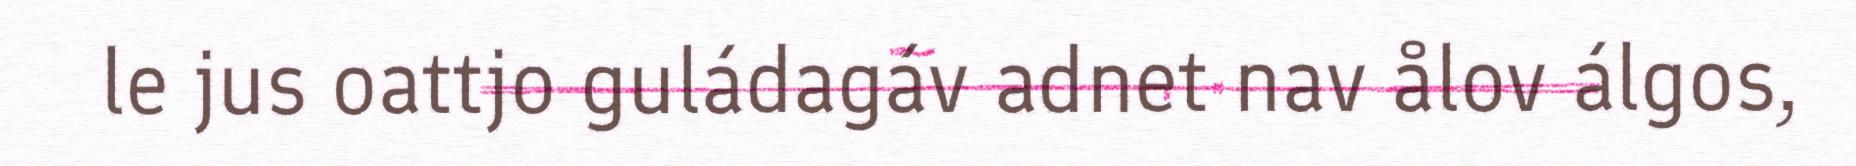
le jus oattjo guládagáv adnet nav ålov álgos,